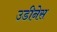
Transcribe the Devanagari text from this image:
उडीनेस